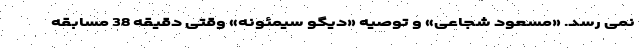
نمی رسد. «مسعود شجاعی» و توصیه «دیگو سیمئونه» وقتی دقیقه 38 مسابقه